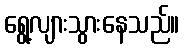
ရွေ့လျားသွားနေသည်။